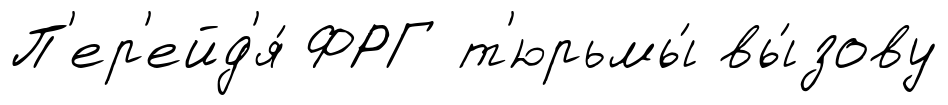
П'ер'ейд'я́ ФРГ т'юрьмы́ вы́зову